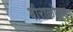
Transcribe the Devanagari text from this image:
बाराकोइस